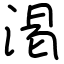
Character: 渇